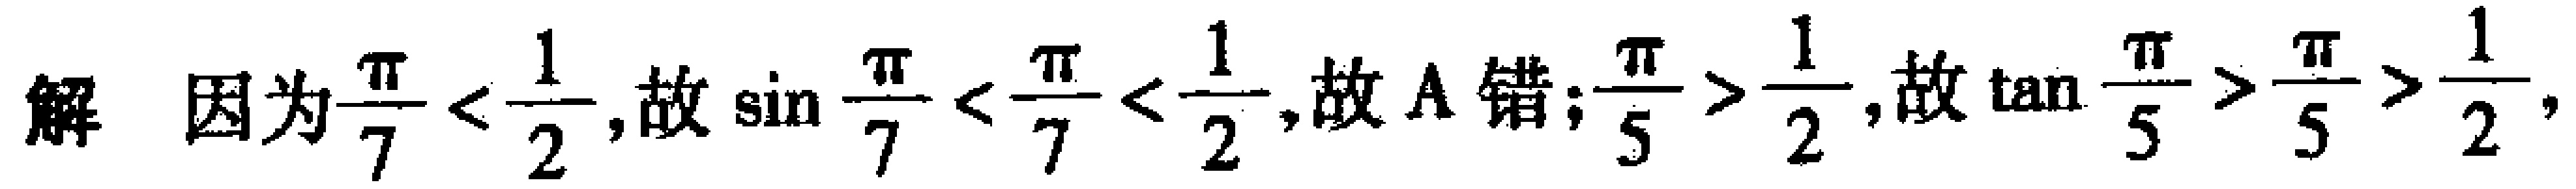
解 因为$\dfrac{\pi}{7}<\dfrac{1}{2}$，故$\sin\dfrac{\pi}{7}<\dfrac{\pi}{7}<\dfrac{1}{2}$，故A错；$\dfrac{\pi}{5}>\dfrac{1}{2}$，故$\tan\dfrac{\pi}{5}>\dfrac{\pi}{5}>\dfrac{1}{2}$，